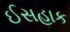
ઈસહાક